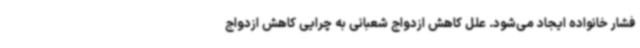
فشار خانواده ایجاد می‌شود. علل کاهش ازدواج شعبانی به چرایی کاهش ازدواج